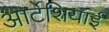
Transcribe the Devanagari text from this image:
आर्टेशियाई